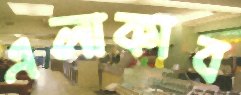
এলাকাব